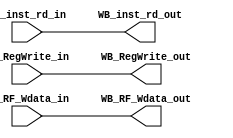
module PPS_WriteBack
(
  WB_inst_rd_in, 
  WB_RegWrite_in,
  WB_RF_Wdata_in,

  WB_inst_rd_out,
  WB_RegWrite_out,
  WB_RF_Wdata_out
);

parameter RWE_SIZE = 1;

input [31:0] WB_RF_Wdata_in;
input  [4:0] WB_inst_rd_in;
input [RWE_SIZE - 1 : 0] WB_RegWrite_in;

output [31:0] WB_RF_Wdata_out;
output [4:0] WB_inst_rd_out;
output [RWE_SIZE - 1 : 0] WB_RegWrite_out;

assign WB_RF_Wdata_out = WB_RF_Wdata_in;  
assign WB_RegWrite_out = WB_RegWrite_in; 
assign WB_inst_rd_out = WB_inst_rd_in;

endmodule